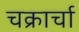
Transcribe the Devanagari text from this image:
चक्रार्चा